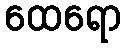
ထေရော